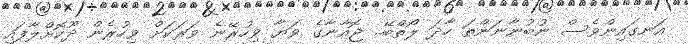
އަނގައިންވެސް ނުބުނާނަންތަ ހާދަ ލޯތްބޭ.. ޖޮއާނާގެ ވަޔާ ވިހުރޭނެ ވަރަކަށް ވިހުރެން ދޫކޮށްލާފައި